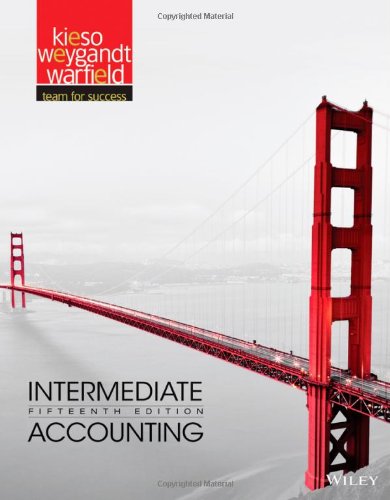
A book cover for Intermediate Accounting; Donald E. Kieso; Business & Money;